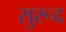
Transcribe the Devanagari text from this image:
सुरूद